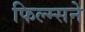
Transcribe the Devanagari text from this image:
फिल्म्सने